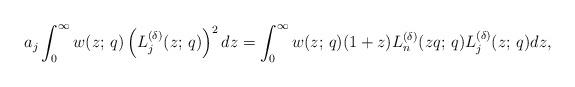
LaTeX: \begin{align*}a_j\int_{0}^{\infty}w(z;\,q)\left(L_j^{(\delta)}(z;\,q)\right)^2dz=\int_{0}^{\infty}w(z;\,q)(1+z)L_{n}^{(\delta)}(zq;\,q)L_j^{(\delta)}(z;\,q)dz,\end{align*}